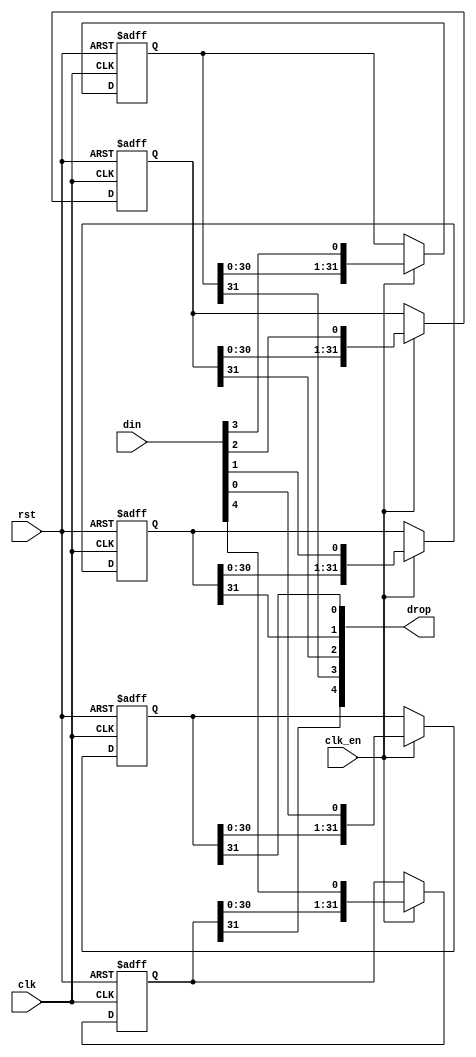
module jt12_sh_rst #(parameter width=5, stages=32, rstval=1'b0 )
(
	input					rst,	
	input 					clk,
	input					clk_en /* synthesis direct_enable */,
	input		[width-1:0]	din,
   	output		[width-1:0]	drop
);

reg [stages-1:0] bits[width-1:0];

genvar i;
integer k;
generate
initial
	for (k=0; k < width; k=k+1) begin
		bits[k] = { stages{rstval}};
	end
endgenerate

generate
	for (i=0; i < width; i=i+1) begin: bit_shifter
		always @(posedge clk, posedge rst) 
			if( rst ) begin
				bits[i] <= {stages{rstval}};
			end else if(clk_en) begin
				bits[i] <= {bits[i][stages-2:0], din[i]};
			end
		assign drop[i] = bits[i][stages-1];
	end
endgenerate

endmodule